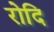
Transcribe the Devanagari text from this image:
रोदि